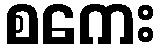
စကေး